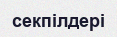
секпілдері